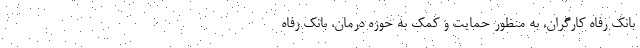
بانک رفاه کارگران، به منظور حمایت و کمک به حوزه درمان، بانک رفاه